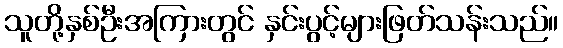
သူတို့နှစ်ဦးအကြားတွင် နှင်းပွင့်များဖြတ်သန်းသည်။